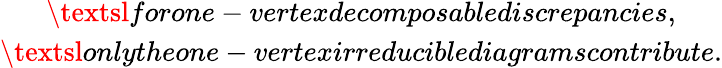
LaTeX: \begin{array}{c}{{\textsl{forone-vertexdecomposablediscrepancies,}}}\\ {{\textsl{onlytheone-vertexirreduciblediagramscontribute.}}}\end{array}